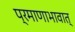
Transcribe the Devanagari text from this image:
प्रमाणाभावात्